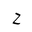
Letter: _ha